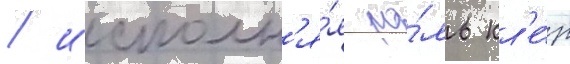
/ исполн'я́я ро́ль кл'е́р